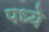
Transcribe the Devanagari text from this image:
पध्ये